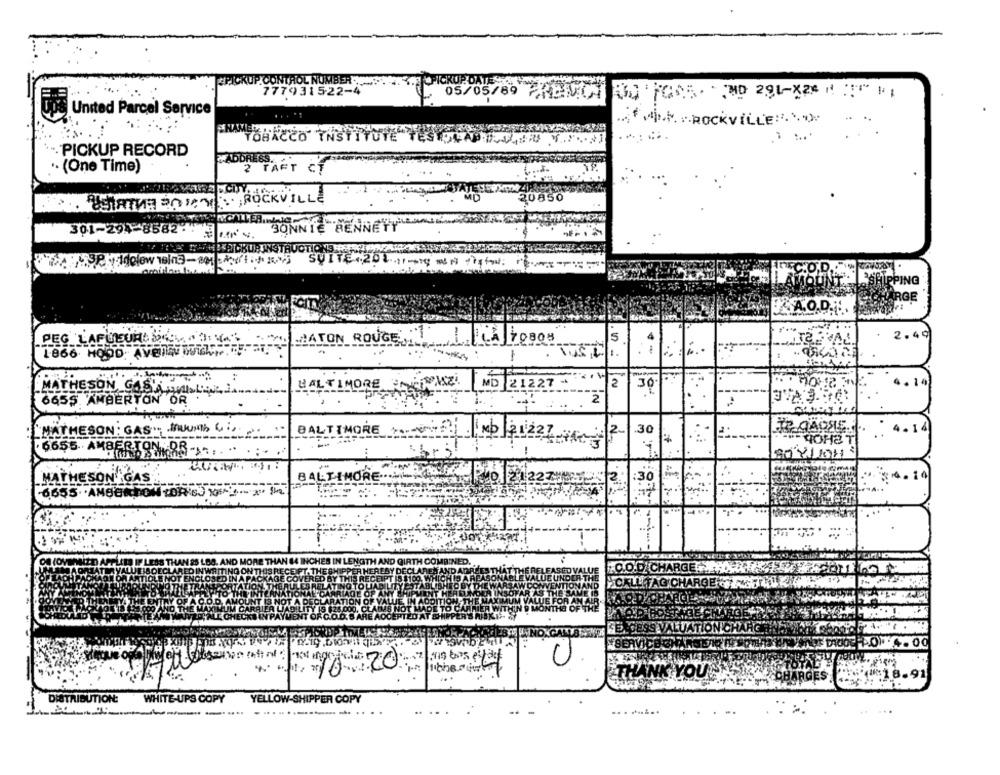
PICKUP CONTROL NUMBER
PICKUP DATE SO
7779315-22-4
05/05/69 PPBICON
Un Pass WD 291-X20 1 1
United Parcel Service
* AK."ROCKVILLE:>
"TOBACCO INSTITUTE
PICKUP RECORD
.ADDRESS.
. (One Time)
2 TAFT
ASTATUR SORTAROCKVILLE
20850
301-294-8582-4
30M
BENNETY
ELLEPICKUP INSTRUC
HIPPING
2.49
PEG LAFLEURA DAY .9166
MATON ROUGE,
-
7 0808
S
1-866 HODDAVET BUTANTF
.. 14
BALTIMORE POLINIAZ!
MD 212
2
30
MATHESON GAS'ILLUN".
6655. AMBERTON OR
MATHESON: GAS", MUUNS 4 ;,
BALTIMORE
MD 21227
30
4.14
6655. AMBERTON,DR.
MATHESON GAS
:4-14
BALTIMORE
30
™COM
12:18-91
DISTRIBUTION:
WHITE-UPS COPY
YELLOW-SHIPPER COPY
.. ............. ... ..
.. . .......
.. ...